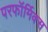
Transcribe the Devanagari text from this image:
परफॉर्मिक्स